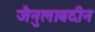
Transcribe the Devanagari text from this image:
जैनुलाबदीन